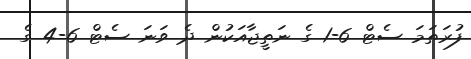
ފުރަތަމަ ސެޓް 6-1 ގެ ނަތީޖާއަކުން ދެ ވަނަ ސެޓް 6-4 ގެ